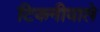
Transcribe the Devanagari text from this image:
टिकनीवाले